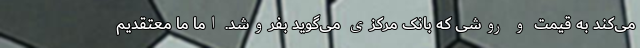
می‌کند به قیمت و روشی که بانک مرکزی می‌گوید بفروشد. اما ما معتقدیم